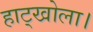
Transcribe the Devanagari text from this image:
हाट्खोला।